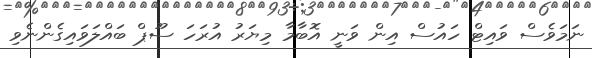
ނަމަވެސް ވައިޓް ހައުސް އިން ވަނީ އޮބާމާ މިޔަރު އުރަހަ ސޫޕް ބައްލަވައިގެންނެވި